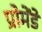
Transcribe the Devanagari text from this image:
प्रोमेंडे